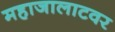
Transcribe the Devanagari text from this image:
महाजालाटवर